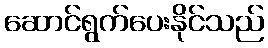
ဆောင်ရွက်ပေးနိုင်သည်